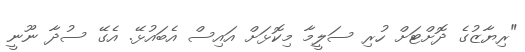
"ރިޔާޒުގެ ދޮށްޓަށް ހުރި ސަލީމާ މިކޮޅަށް އައިސް އެބައުޅޭ. އެގޭ ސުދާ ނޫނީ